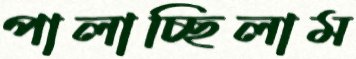
পালাচ্ছিলাম